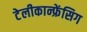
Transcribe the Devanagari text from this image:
टेलीकान्फ्रेंसिग